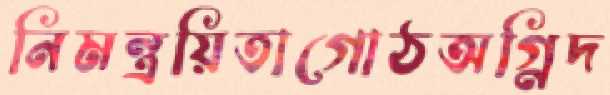
নিমন্ত্রয়িতাগোঠঅগ্নিদ